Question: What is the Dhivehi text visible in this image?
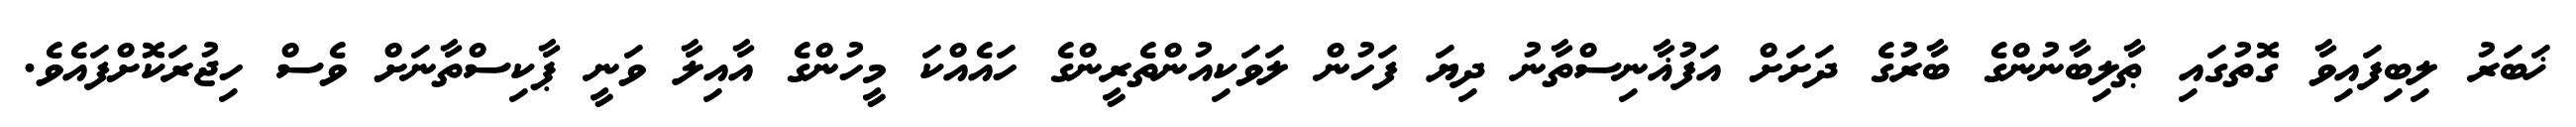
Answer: ޚަބަރު ލިބިފައިވާ ގޮތުގައި ޠާލިބާނުންގެ ބާރުގެ ދަށަށް އަފުޣާނިސްތާނު ދިޔަ ފަހުން ލަވަކިއުންތެރީންގެ ހައެއްކަ މީހުންގެ އާއިލާ ވަނީ ޕާކިސްތާނަށް ވެސް ހިޖުރަކޮށްފައެވެ.